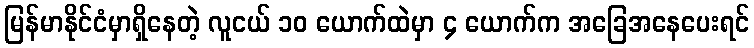
မြန်မာနိုင်ငံမှာရှိနေတဲ့ လူငယ် ၁၀ ယောက်ထဲမှာ ၄ ယောက်က အခြေအနေပေးရင်